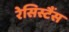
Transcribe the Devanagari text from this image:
रेसिस्टैंस